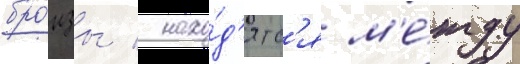
бро́нзы / нахо́д'ятс'я м'е́жду